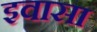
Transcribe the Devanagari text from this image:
इवासा